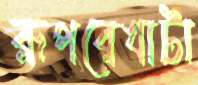
রূপরেখাটা